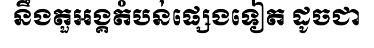
នឹងតួអង្គតំបន់ផ្សេងទៀត ដូចជា